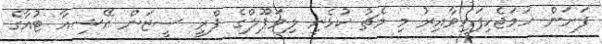
ފަށަން ހަމަޖެހިފައިވާއިރު މި މެޗު ކުޅެނީ ލިވަޕޫލްގެ ޕްރީ ސީޒަން އޭޝިއާ ޓުއާގެ